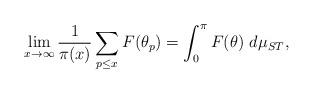
LaTeX: \begin{align*}\lim_{x\to\infty}\frac{1}{\pi(x)}\sum_{p\leq x}F(\theta_p)=\int_0^\pi F(\theta)~d\mu_{ST},\end{align*}